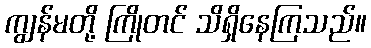
ကျွန်မတို့ ကြိုတင် သိရှိနေကြသည်။